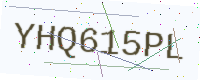
Text: YHQ615PL